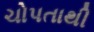
ચોપતાથી